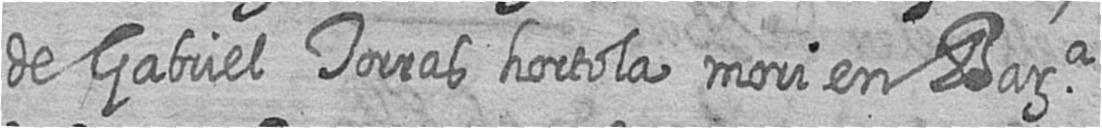
de Gabriel Torras hortola mori en Bara